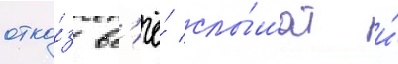
отка́з вс'ё́ слы́шат и́